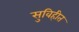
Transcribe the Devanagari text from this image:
सुविहीत